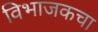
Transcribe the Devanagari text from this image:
विभाजकचा